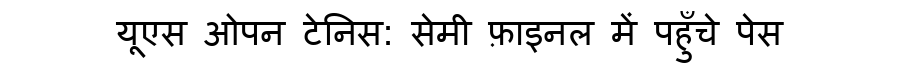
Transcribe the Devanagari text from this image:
यूएस ओपन टेनिस: सेमी फ़ाइनल में पहुँचे पेस